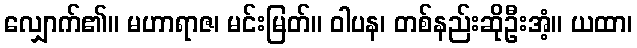
လျှောက်၏။ မဟာရာဇ၊ မင်းမြတ်။ ဝါပန၊ တစ်နည်းဆိုဦးအံ့။ ယထာ၊